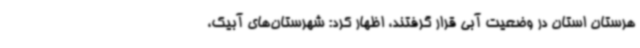
هرستان استان در وضعیت آبی قرار گرفتند، اظهار کرد: شهرستان‌های آبیک،